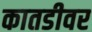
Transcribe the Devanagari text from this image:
कातडीवर